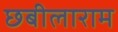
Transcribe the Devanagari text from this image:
छबीलाराम